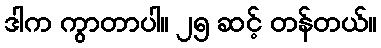
ဒါက ကွာတာပါ။ ၂၅ ဆင့် တန်တယ်။